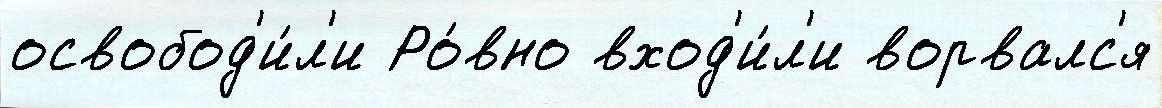
освобод'и́л'и Ро́вно вход'и́л'и ворвалс'я